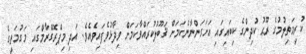
ކުރިމަތިލުމުގެ ރޫޙު ކުދިންގެ ކިބައިގައި އަށަގަންނާނެކަމަށް ޤަބޫލުކުރައްވާކަމަށް ވިދާޅުވެފައިވެއެވެ. އަދި މިޕްރޮގްރާމްގައި މަގުމަތީގެ